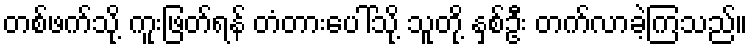
တစ်ဖက်သို့ ကူးဖြတ်ရန် တံတားပေါ်သို့ သူတို့ နှစ်ဦး တက်လာခဲ့ကြသည်။